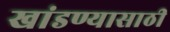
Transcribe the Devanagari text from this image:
खांडण्यासाठी